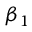
\beta _ { 1 }